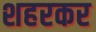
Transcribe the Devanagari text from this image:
शहरकर